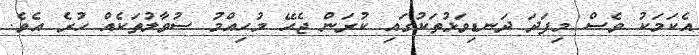
އެކަމަކު ވެސް މިފަދަ ދަނޑިވަޅުތަކުގައި ކުރަން ޖެހޭ މުހިއްމު ސުވާލުތަކެއް ހުރެ އެވެ.